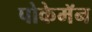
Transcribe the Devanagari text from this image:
पोकेमॅन